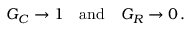
G _ { C } \to 1 \quad { \mathrm { a n d } } \quad G _ { R } \to 0 \, .